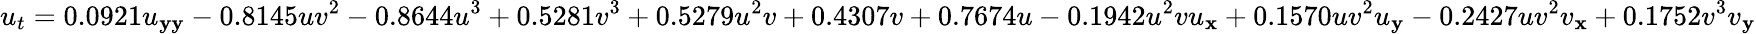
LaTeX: u_{t}=0.0921u_{\mathbf{y}\mathbf{y}}-0.8145uv^{2}-0.8644u^{3}+0.5281v^{3}+0.5279u^{2}v+0.4307v+0.7674u-0.1942u^{2}vu_{\mathbf{x}}+0.1570uv^{2}u_{\mathbf{y}}-0.2427uv^{2}v_{\mathbf{x}}+0.1752v^{3}v_{\mathbf{y}}